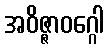
အဝိဇ္ဇာဝဂ္ဂေါ